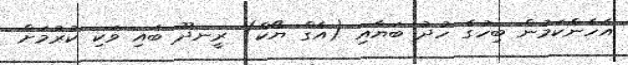
އެހެންކަމުން ބިހުގެ ހުދު ބަޔާއި (އެގް ޔޯކް) ރީނދޫ ބައި ވަކި ކުރުމަށް